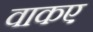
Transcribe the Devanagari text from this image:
वाकए